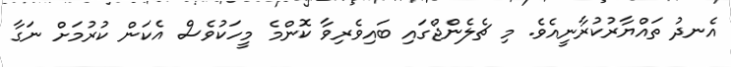
އެނދު ތައްޔާރުކުރާނީއެވެ. މި ޗެލެންޖްގައި ބައިވެރިވާ ކޮންމެ މީހަކުވެސް އެކަން ކުރުމަށް ނަގާ